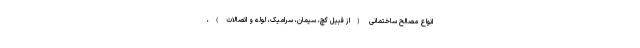
انواع مصالح ساختمانی (از قبیل گچ، سیمان، سرامیک، لوله و اتصالات)،